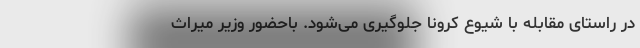
در راستای مقابله با شیوع کرونا جلوگیری می‌شود. باحضور وزیر میراث